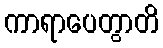
ကာရာပေတွာတိ